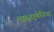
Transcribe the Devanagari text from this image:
पास्तामेनिया